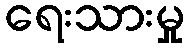
ရေးသားမှု